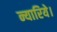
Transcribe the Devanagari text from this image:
न्यारिये।